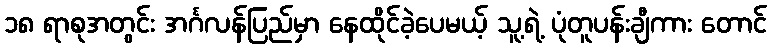
၁၈ ရာစုအတွင်း အင်္ဂလန်ပြည်မှာ နေထိုင်ခဲ့ပေမယ့် သူ့ရဲ့ ပုံတူပန်းချီကား တောင်